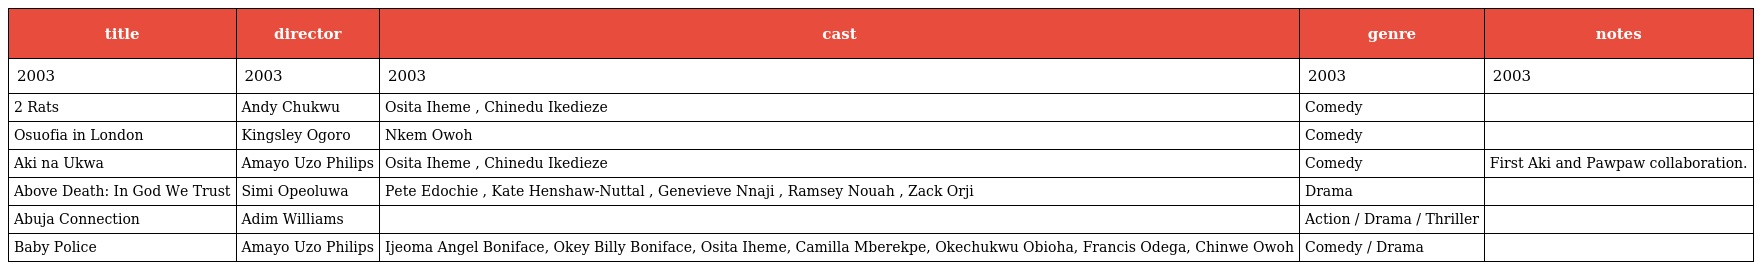
| title | director | cast | genre | notes |
 | --- | --- | --- | --- | --- |
 | 2003 | 2003 | 2003 | 2003 | 2003 |
 | 2 Rats | Andy Chukwu | Osita Iheme , Chinedu Ikedieze | Comedy |  |
 | Osuofia in London | Kingsley Ogoro | Nkem Owoh | Comedy |  |
 | Aki na Ukwa | Amayo Uzo Philips | Osita Iheme , Chinedu Ikedieze | Comedy | First Aki and Pawpaw collaboration. |
 | Above Death: In God We Trust | Simi Opeoluwa | Pete Edochie , Kate Henshaw-Nuttal , Genevieve Nnaji , Ramsey Nouah , Zack Orji | Drama |  |
 | Abuja Connection | Adim Williams |  | Action / Drama / Thriller |  |
 | Baby Police | Amayo Uzo Philips | Ijeoma Angel Boniface, Okey Billy Boniface, Osita Iheme, Camilla Mberekpe, Okechukwu Obioha, Francis Odega, Chinwe Owoh | Comedy / Drama |  |